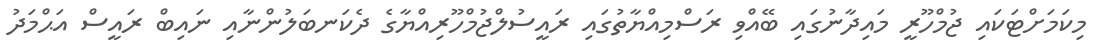
މިކަމަށްޓަކައި ޖުމްހޫރީ މައިދާނުގައި ބޭއްވި ރަސްމިއްޔާތުގައި ރައީސުލްޖުމްހޫރިއްޔާގެ ދެކަނބަލުންނާއި ނައިބް ރައީސް އަޙްމަދު